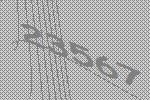
23567